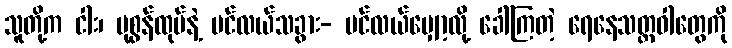
သူတို့က ငါး၊ ပုစွန်ထုပ်နဲ့ ပင်လယ်သခွား- ပင်လယ်မျှော့လို့ ခေါ်ကြတဲ့ ရေနေသတ္တဝါတွေကို